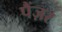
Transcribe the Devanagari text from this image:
पैंज़र